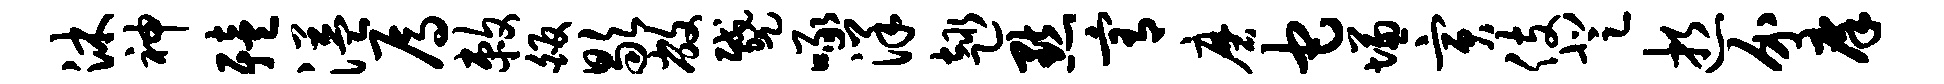
沐神殪溢焉敕皈歇敝蹙啄洋趣默宥磨它慊寅伎登逝介庠